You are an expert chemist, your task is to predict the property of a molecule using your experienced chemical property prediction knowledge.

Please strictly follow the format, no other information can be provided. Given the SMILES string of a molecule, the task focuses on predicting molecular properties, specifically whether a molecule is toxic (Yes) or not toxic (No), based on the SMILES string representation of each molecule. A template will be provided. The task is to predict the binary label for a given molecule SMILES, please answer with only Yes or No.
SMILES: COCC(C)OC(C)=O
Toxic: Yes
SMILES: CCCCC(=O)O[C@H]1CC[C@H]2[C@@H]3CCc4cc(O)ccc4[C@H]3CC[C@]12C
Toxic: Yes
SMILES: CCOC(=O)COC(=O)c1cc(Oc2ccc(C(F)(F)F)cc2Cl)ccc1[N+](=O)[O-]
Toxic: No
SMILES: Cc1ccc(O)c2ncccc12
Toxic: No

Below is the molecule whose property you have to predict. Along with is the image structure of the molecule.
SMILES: N#Cc1cccc(C#N)c1
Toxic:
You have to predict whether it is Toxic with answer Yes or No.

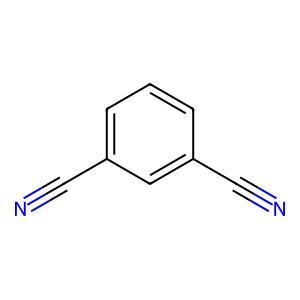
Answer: No